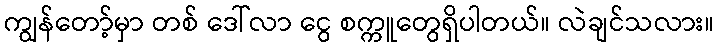
ကျွန်တော့်မှာ တစ် ဒေါ်လာ ငွေ စက္ကူတွေရှိပါတယ်။ လဲချင်သလား။